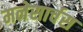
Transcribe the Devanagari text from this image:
मनेसार्चस